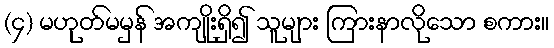
(၄) မဟုတ်မမှန် အကျိုးရှိ၍ သူများ ကြားနာလိုသော စကား။